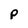
Character: p